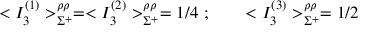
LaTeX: < { I } _ { 3 } ^ { ( 1 ) } > _ { \Sigma ^ { + } } ^ { \rho \rho } = < { I } _ { 3 } ^ { ( 2 ) } > _ { \Sigma ^ { + } } ^ { \rho \rho } = 1 / 4 \ ; \qquad < { I } _ { 3 } ^ { ( 3 ) } > _ { \Sigma ^ { + } } ^ { \rho \rho } = 1 / 2